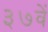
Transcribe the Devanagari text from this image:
३७वें